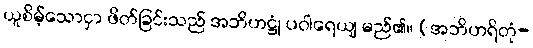
ယူစိမ့်သောငှာ ဖိတ်ခြင်းသည် အဘိဟဋ္ဌုံ ပဝါရေယျ မည်၏။ (အဘိဟရိတုံ-